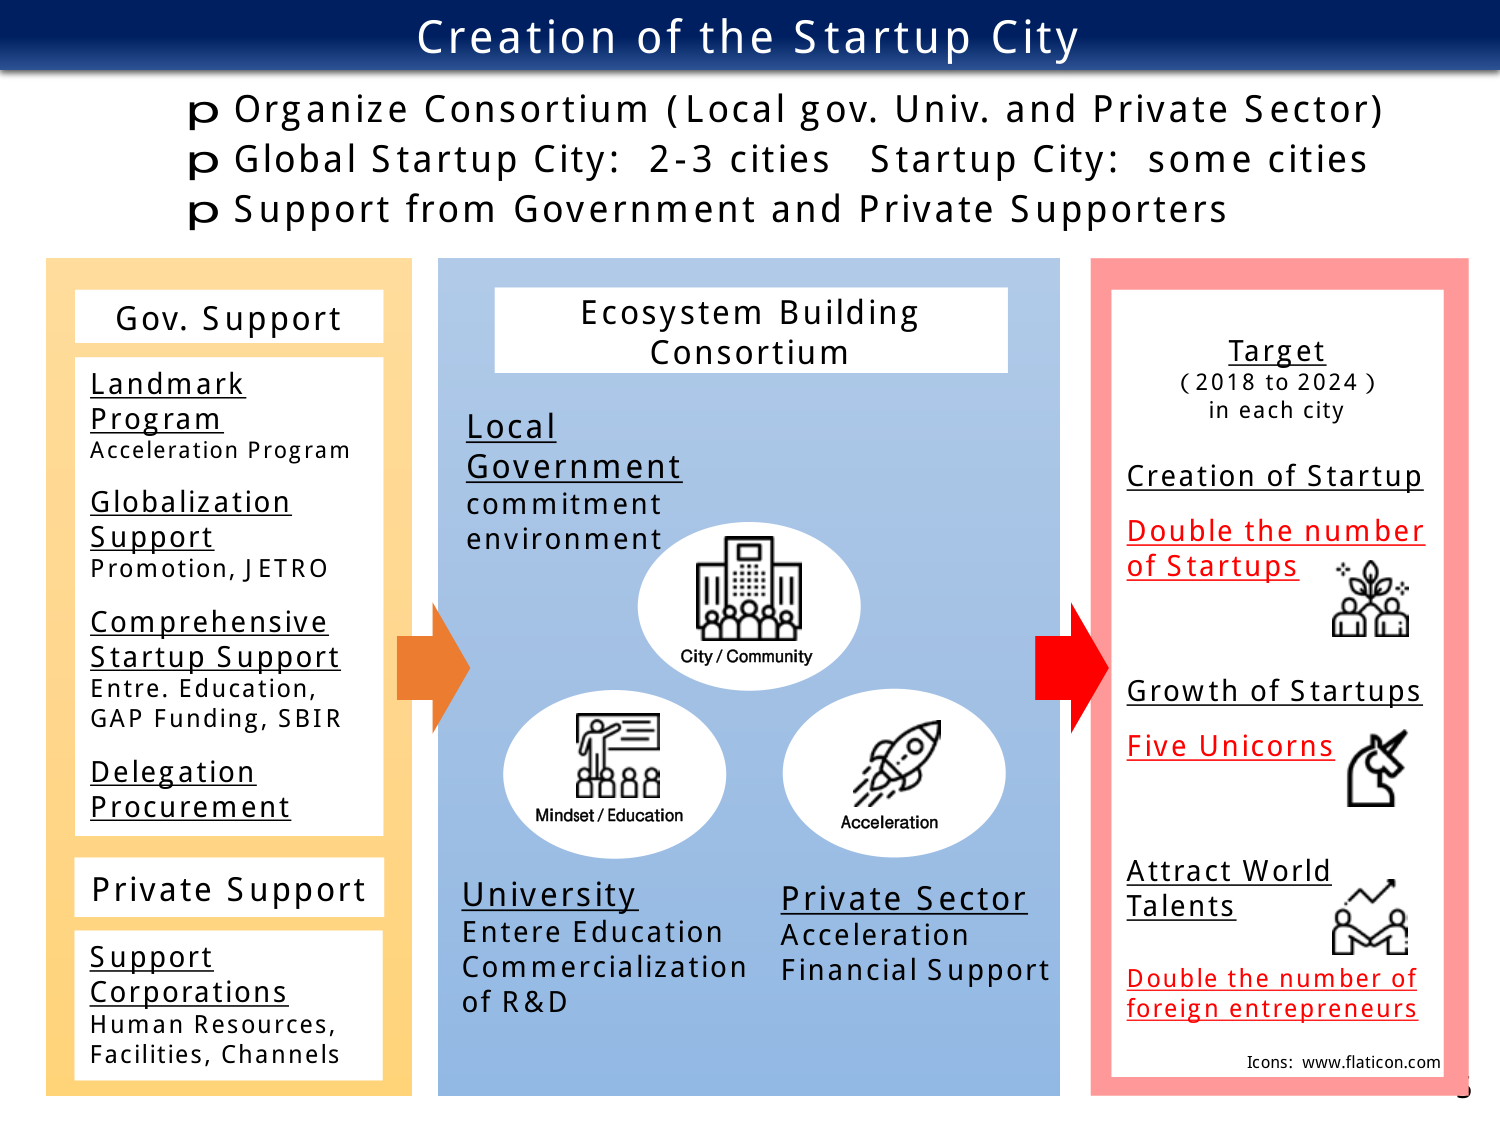
Creation of the Startup City

p Organize Consortium (Local gov. Univ. and Private Sector)
p Global Startup City: 2-3 cities Startup City: some cities
p Support from Government and Private Supporters

Gov. Support
Landmark
Program
Acceleration Program
Globalization
Support
Promotion, JETRO
Comprehensive
Startup Support
Entre. Education,
GAP Funding, SBIR
Delegation
Procurement

Private Support
Support
Corporations
Human Resources,
Facilities, Channels

Ecosystem Building
Consortium

Local
Government
commitment
environment

City / Community

Mindset / Education

Acceleration

University
Entere Education
Commercialization
of R&D

Private Sector
Acceleration
Financial Support

Target
(2018 to 2024)
in each city

Creation of Startup
Double the number
of Startups

Growth of Startups
Five Unicorns

Attract World
Talents
Double the number of
foreign entrepreneurs

Icons: www.flaticon.com